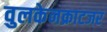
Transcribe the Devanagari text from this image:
वुलकेनक्राटजर